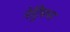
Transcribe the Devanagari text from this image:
नेट्रिक्स